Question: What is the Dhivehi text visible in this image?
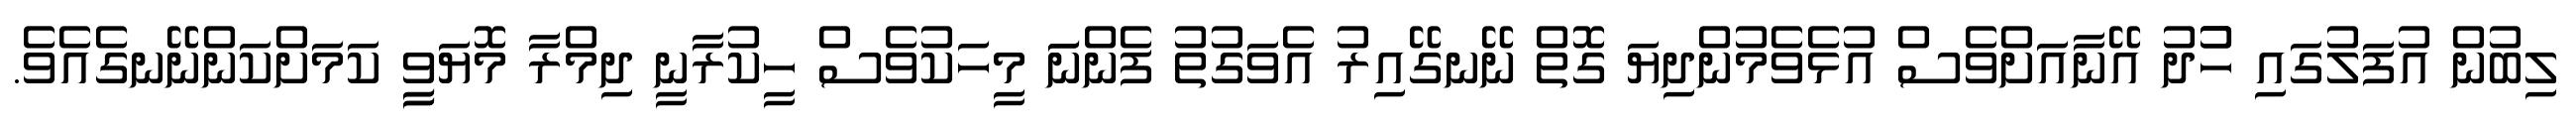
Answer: ލިބުން އުފަލުގައި ހުުދު އޭނާއަށްވެސް އުޅެވެމުންދިޔަ ގޮތް ނޭނގޭއިރު އެވަގުތު ފެންނަަ މީހަކުވެސް ހީކުރާނީ ދިމްރާ މޮޔަވީީ ކަމަށްކަންނޭނގެއެވެ.